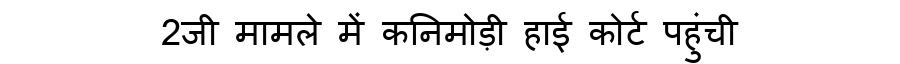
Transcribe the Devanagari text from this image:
2जी मामले में कनिमोड़ी हाई कोर्ट पहुंची